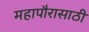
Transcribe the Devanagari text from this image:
महापौरासाठी